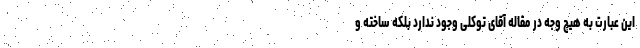
این عبارت به هیچ وجه در مقاله آقای توکلی وجود ندارد بلکه ساخته و